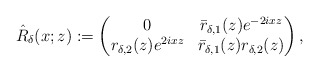
\begin{align*}\hat{R}_{\delta}(x;z):=\begin{pmatrix}0 & \bar{r}_{\delta,1}(z) e^{-2ixz} \\r_{\delta,2}(z) e^{2ixz} & \bar{r}_{\delta,1}(z) r_{\delta,2}(z)\end{pmatrix},\end{align*}